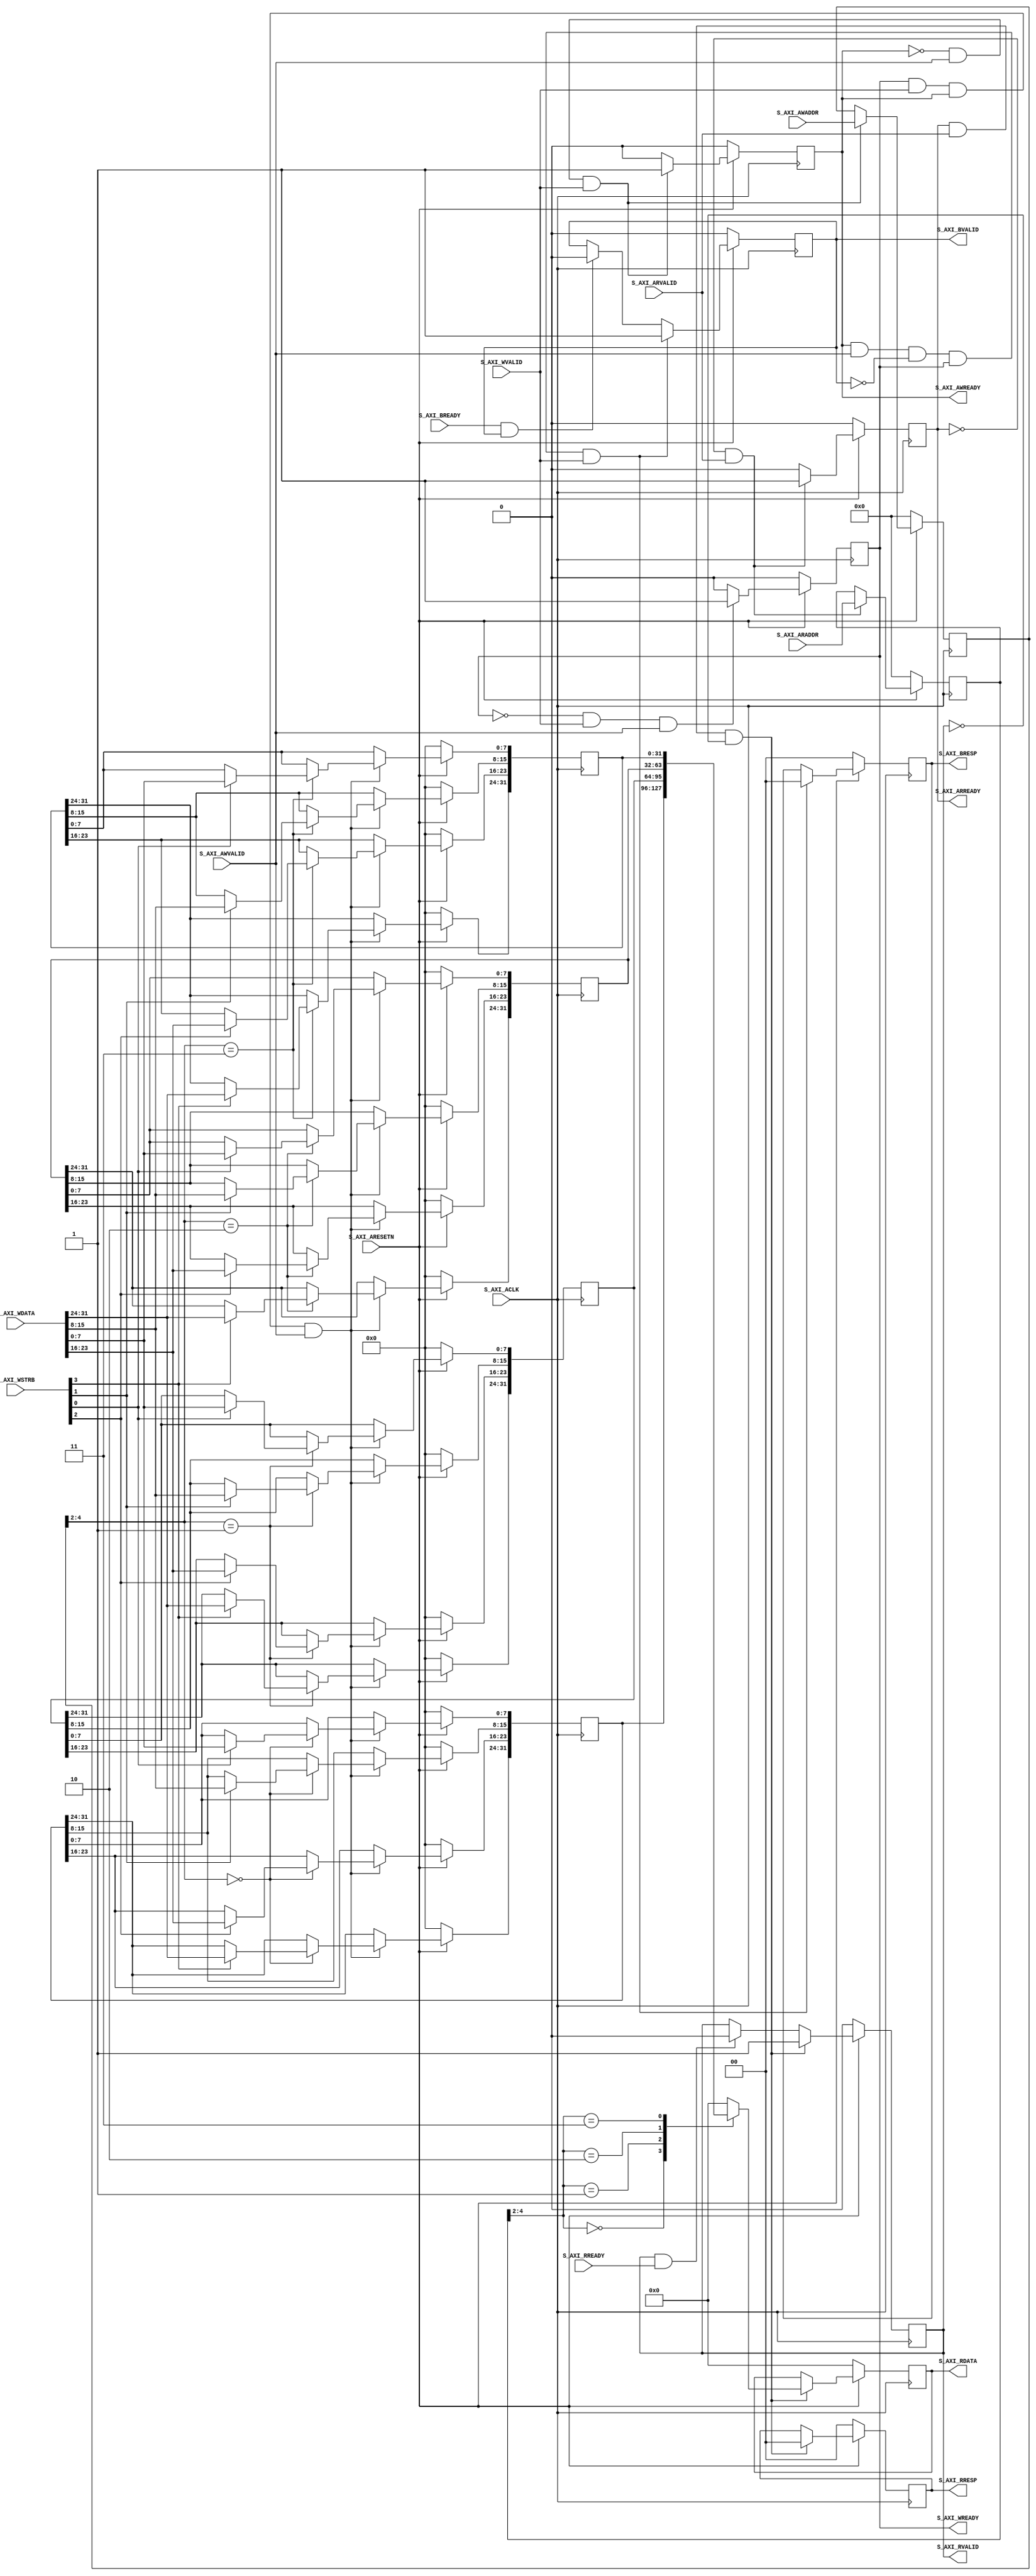
////////////////////////////////////////////////////////////////////////////
//-- (c) Copyright 2012 - 2013 Xilinx, Inc. All rights reserved.
//--
//-- This file contains confidential and proprietary information
//-- of Xilinx, Inc. and is protected under U.S. and
//-- international copyright and other intellectual property
//-- laws.
//--
//-- DISCLAIMER
//-- This disclaimer is not a license and does not grant any
//-- rights to the materials distributed herewith. Except as
//-- otherwise provided in a valid license issued to you by
//-- Xilinx, and to the maximum extent permitted by applicable
//-- law: (1) THESE MATERIALS ARE MADE AVAILABLE "AS IS" AND
//-- WITH ALL FAULTS, AND XILINX HEREBY DISCLAIMS ALL WARRANTIES
//-- AND CONDITIONS, EXPRESS, IMPLIED, OR STATUTORY, INCLUDING
//-- BUT NOT LIMITED TO WARRANTIES OF MERCHANTABILITY, NON-
//-- INFRINGEMENT, OR FITNESS FOR ANY PARTICULAR PURPOSE; and
//-- (2) Xilinx shall not be liable (whether in contract or tort,
//-- including negligence, or under any other theory of
//-- liability) for any loss or damage of any kind or nature
//-- related to, arising under or in connection with these
//-- materials, including for any direct, or any indirect,
//-- special, incidental, or consequential loss or damage
//-- (including loss of data, profits, goodwill, or any type of
//-- loss or damage suffered as a result of any action brought
//-- by a third party) even if such damage or loss was
//-- reasonably foreseeable or Xilinx had been advised of the
//-- possibility of the same.
//--
//-- CRITICAL APPLICATIONS
//-- Xilinx products are not designed or intended to be fail-
//-- safe, or for use in any application requiring fail-safe
//-- performance, such as life-support or safety devices or
//-- systems, Class III medical devices, nuclear facilities,
//-- applications related to the deployment of airbags, or any
//-- other applications that could lead to death, personal
//-- injury, or severe property or environmental damage
//-- (individually and collectively, "Critical
//-- Applications"). Customer assumes the sole risk and
//-- liability of any use of Xilinx products in Critical
//-- Applications, subject only to applicable laws and
//-- regulations governing limitations on product liability.
//--
//-- THIS COPYRIGHT NOTICE AND DISCLAIMER MUST BE RETAINED AS
//-- PART OF THIS FILE AT ALL TIMES.
////////////////////////////////////////////////////////////////////////////
//
// AXI4-Lite Slave interface example
//
// The purpose of this design is to provide a simple AXI4-Lite Slave interface.
//
// The AXI4-Lite interface is a subset of the AXI4 interface intended for
// communication with control registers in components.
// The key features of the AXI4-Lite interface are:
//         >> all transactions are burst length of 1
//         >> all data accesses are the same size as the width of the data bus
//         >> support for data bus width of 32-bit or 64-bit
//
// This design implements four 32-bit memory mapped registers. These registers
// can be read and written by a AXI4-Lite master.
//
////////////////////////////////////////////////////////////////////////////

`timescale 1ns/1ps

////////////////////////////////////////////////////////////////////////////
// Width of S_AXI data bus. The slave accepts write data and issues read data
// of width C_S_AXI_DATA_WIDTH
`define C_S_AXI_DATA_WIDTH 32
`define C_S_AXI_ADDR_WIDTH 5
module axi_lite_slave (
  ////////////////////////////////////////////////////////////////////////////
  // System Signals

  ////////////////////////////////////////////////////////////////////////////
  // AXI clock signal
  input wire S_AXI_ACLK,
  ////////////////////////////////////////////////////////////////////////////
  // AXI active low reset signal
  input wire S_AXI_ARESETN,

  ////////////////////////////////////////////////////////////////////////////
  // Slave Interface Write Address channel Ports

  ////////////////////////////////////////////////////////////////////////////
  // Master Interface Write Address Channel ports
  // Write address (issued by master, acceped by Slave)
  input  wire [`C_S_AXI_ADDR_WIDTH - 1:0] S_AXI_AWADDR,
  ////////////////////////////////////////////////////////////////////////////
  // Write address valid. This signal indicates that the master signaling
  // valid write address and control information.
  input  wire                          S_AXI_AWVALID,
  ////////////////////////////////////////////////////////////////////////////
  // Write address ready. This signal indicates that the slave is ready
  // to accept an address and associated control signals.
  output wire                          S_AXI_AWREADY,

  ////////////////////////////////////////////////////////////////////////////
  // Slave Interface Write Data channel Ports
  // Write data (issued by master, acceped by Slave)
  input  wire [`C_S_AXI_DATA_WIDTH-1:0] S_AXI_WDATA,
  ////////////////////////////////////////////////////////////////////////////
  // Write strobes. This signal indicates which byte lanes hold
  // valid data. There is one write strobe bit for each eight
  // bits of the write data bus.
  input  wire [`C_S_AXI_DATA_WIDTH/8-1:0] S_AXI_WSTRB,
  ////////////////////////////////////////////////////////////////////////////
  //Write valid. This signal indicates that valid write
  // data and strobes are available.
  input  wire                          S_AXI_WVALID,
  ////////////////////////////////////////////////////////////////////////////
  // Write ready. This signal indicates that the slave
  // can accept the write data.
  output wire                          S_AXI_WREADY,

  ////////////////////////////////////////////////////////////////////////////
  // Slave Interface Write Response channel Ports

  ////////////////////////////////////////////////////////////////////////////
  // Write response. This signal indicates the status
  // of the write transaction.
  output wire [1:0]                    S_AXI_BRESP,
  ////////////////////////////////////////////////////////////////////////////
  // Write response valid. This signal indicates that the channel
  // is signaling a valid write response.
  output wire                          S_AXI_BVALID,
  ////////////////////////////////////////////////////////////////////////////
  // Response ready. This signal indicates that the master
  // can accept a write response.
  input  wire                          S_AXI_BREADY,

  ////////////////////////////////////////////////////////////////////////////
  // Slave Interface Read Address channel Ports
  // Read address (issued by master, acceped by Slave)
  input  wire [`C_S_AXI_ADDR_WIDTH - 1:0] S_AXI_ARADDR,
  ////////////////////////////////////////////////////////////////////////////
  // Read address valid. This signal indicates that the channel
  // is signaling valid read address and control information.
  input  wire                          S_AXI_ARVALID,
  ////////////////////////////////////////////////////////////////////////////
  // Read address ready. This signal indicates that the slave is
  // ready to accept an address and associated control signals.
  output wire                          S_AXI_ARREADY,

  ////////////////////////////////////////////////////////////////////////////
  // Slave Interface Read Data channel Ports
  // Read data (issued by slave)
  output wire [`C_S_AXI_DATA_WIDTH-1:0] S_AXI_RDATA,
  ////////////////////////////////////////////////////////////////////////////
  // Read response. This signal indicates the status of the
  // read transfer.
  output wire [1:0]                    S_AXI_RRESP,
  ////////////////////////////////////////////////////////////////////////////
  // Read valid. This signal indicates that the channel is
  // signaling the required read data.
  output wire                          S_AXI_RVALID,
  ////////////////////////////////////////////////////////////////////////////
  // Read ready. This signal indicates that the master can
  // accept the read data and response information.
  input  wire                          S_AXI_RREADY
);

////////////////////////////////////////////////////////////////////////////
// local parameter for addressing 32 bit / 64 bit C_S_AXI_DATA_WIDTH
// ADDR_LSB is used for addressing 32/64 bit registers/memories
// ADDR_LSB = 2 for 32 bits (n downto 2)
// ADDR_LSB = 3 for 64 bits (n downto 3)

////////////////////////////////////////////////////////////////////////////
// function called clogb2 that returns an integer which has the
// value of the ceiling of the log base 2.
function integer clogb2 (input integer bd);
integer bit_depth;
begin
  bit_depth = bd;
  for(clogb2=0; bit_depth>0; clogb2=clogb2+1)
    bit_depth = bit_depth >> 1;
  end
endfunction

localparam integer ADDR_LSB = clogb2(`C_S_AXI_DATA_WIDTH/8)-1;
localparam integer ADDR_MSB = `C_S_AXI_ADDR_WIDTH;

////////////////////////////////////////////////////////////////////////////
// AXI4 Lite internal signals

////////////////////////////////////////////////////////////////////////////
// read response
reg [1 :0]                   axi_rresp;
////////////////////////////////////////////////////////////////////////////
// write response
reg [1 :0]                   axi_bresp;
////////////////////////////////////////////////////////////////////////////
// write address acceptance
reg                          axi_awready;
////////////////////////////////////////////////////////////////////////////
// write data acceptance
reg                          axi_wready;
////////////////////////////////////////////////////////////////////////////
// write response valid
reg                          axi_bvalid;
////////////////////////////////////////////////////////////////////////////
// read data valid
reg                          axi_rvalid;
////////////////////////////////////////////////////////////////////////////
// write address
reg [ADDR_MSB-1:0] axi_awaddr;
////////////////////////////////////////////////////////////////////////////
// read address valid
reg [ADDR_MSB-1:0] axi_araddr;
////////////////////////////////////////////////////////////////////////////
// read data
reg [`C_S_AXI_DATA_WIDTH-1:0] axi_rdata;
////////////////////////////////////////////////////////////////////////////
// read address acceptance
reg                          axi_arready;

////////////////////////////////////////////////////////////////////////////
// Example-specific design signals


////////////////////////////////////////////////////////////////////////////
// Signals for user logic chip select generation

////////////////////////////////////////////////////////////////////////////
// Signals for user logic register space example
// Four slave register

////////////////////////////////////////////////////////////////////////////
// Slave register 0
reg [`C_S_AXI_DATA_WIDTH-1:0]    slv_reg0;
////////////////////////////////////////////////////////////////////////////
// Slave register 1
reg [`C_S_AXI_DATA_WIDTH-1:0]    slv_reg1;
////////////////////////////////////////////////////////////////////////////
// Slave register 2
reg [`C_S_AXI_DATA_WIDTH-1:0]    slv_reg2;
////////////////////////////////////////////////////////////////////////////
// Slave register 3
reg [`C_S_AXI_DATA_WIDTH-1:0]    slv_reg3;
////////////////////////////////////////////////////////////////////////////
// Slave register read enable
wire                            slv_reg_rden;
////////////////////////////////////////////////////////////////////////////
// Slave register write enable
wire                            slv_reg_wren;
////////////////////////////////////////////////////////////////////////////
// register read data
reg [`C_S_AXI_DATA_WIDTH-1:0]    reg_data_out;

integer                         byte_index;

////////////////////////////////////////////////////////////////////////////
//I/O Connections assignments

////////////////////////////////////////////////////////////////////////////
//Write Address Ready (AWREADY)
assign S_AXI_AWREADY = axi_awready;

////////////////////////////////////////////////////////////////////////////
//Write Data Ready(WREADY)
assign S_AXI_WREADY  = axi_wready;

////////////////////////////////////////////////////////////////////////////
//Write Response (BResp)and response valid (BVALID)
assign S_AXI_BRESP  = axi_bresp;
assign S_AXI_BVALID = axi_bvalid;

////////////////////////////////////////////////////////////////////////////
//Read Address Ready(AREADY)
assign S_AXI_ARREADY = axi_arready;

////////////////////////////////////////////////////////////////////////////
//Read and Read Data (RDATA), Read Valid (RVALID) and Response (RRESP)
assign S_AXI_RDATA  = axi_rdata;
assign S_AXI_RVALID = axi_rvalid;
assign S_AXI_RRESP  = axi_rresp;


////////////////////////////////////////////////////////////////////////////
// Implement axi_awready generation
//
//  axi_awready is asserted for one S_AXI_ACLK clock cycle when both
//  S_AXI_AWVALID and S_AXI_WVALID are asserted. axi_awready is
//  de-asserted when reset is low.

  always @( posedge S_AXI_ACLK )
  begin
    if ( S_AXI_ARESETN == 1'b0 )
      begin
        axi_awready <= 1'b0;
      end
    else
      begin
        if (~axi_awready && S_AXI_AWVALID && S_AXI_WVALID)
          begin
            ////////////////////////////////////////////////////////////////////////////
            // slave is ready to accept write address when
            // there is a valid write address and write data
            // on the write address and data bus. This design
            // expects no outstanding transactions.
            axi_awready <= 1'b1;
          end
        else
          begin
            axi_awready <= 1'b0;
          end
      end
  end

////////////////////////////////////////////////////////////////////////////
// Implement axi_awaddr latching
//
//  This process is used to latch the address when both
//  S_AXI_AWVALID and S_AXI_WVALID are valid.

  always @( posedge S_AXI_ACLK )
  begin
    if ( S_AXI_ARESETN == 1'b0 )
      begin
        axi_awaddr <= 0;
      end
    else
      begin
        if (~axi_awready && S_AXI_AWVALID && S_AXI_WVALID)
          begin
            ////////////////////////////////////////////////////////////////////////////
            // address latching
            axi_awaddr <= S_AXI_AWADDR;
          end
      end
  end

////////////////////////////////////////////////////////////////////////////
// Implement axi_wready generation
//
//  axi_wready is asserted for one S_AXI_ACLK clock cycle when both
//  S_AXI_AWVALID and S_AXI_WVALID are asserted. axi_wready is
//  de-asserted when reset is low.

  always @( posedge S_AXI_ACLK )
  begin
    if ( S_AXI_ARESETN == 1'b0 )
      begin
        axi_wready <= 1'b0;
      end
    else
      begin
        if (~axi_wready && S_AXI_WVALID && S_AXI_AWVALID)
          begin
            ////////////////////////////////////////////////////////////////////////////
            // slave is ready to accept write data when
            // there is a valid write address and write data
            // on the write address and data bus. This design
            // expects no outstanding transactions.
            axi_wready <= 1'b1;
          end
        else
          begin
            axi_wready <= 1'b0;
          end
      end
  end

////////////////////////////////////////////////////////////////////////////
// Implement memory mapped register select and write logic generation
// 
// The write data is accepted and written to memory mapped
// registers (slv_reg0, slv_reg1, slv_reg2, slv_reg3) when axi_wready,
// S_AXI_WVALID, axi_wready and S_AXI_WVALID are asserted. Write strobes are used to
// select byte enables of slave registers while writing.
// These registers are cleared when reset (active low) is applied.
// 
// Slave register write enable is asserted when valid address and data are available
// and the slave is ready to accept the write address and write data.
  assign slv_reg_wren = axi_wready && S_AXI_WVALID && axi_awready && S_AXI_AWVALID;

  always @( posedge S_AXI_ACLK )
  begin
    if ( S_AXI_ARESETN == 1'b0 )
      begin
        slv_reg0 <= {`C_S_AXI_DATA_WIDTH{1'b0}};
        slv_reg1 <= {`C_S_AXI_DATA_WIDTH{1'b0}};
        slv_reg2 <= {`C_S_AXI_DATA_WIDTH{1'b0}};
        slv_reg3 <= {`C_S_AXI_DATA_WIDTH{1'b0}};
      end
    else begin
      if (slv_reg_wren)
        begin
          case ( axi_awaddr[ADDR_MSB-1:ADDR_LSB] )
            3'h0 :
              for ( byte_index = 0; byte_index <= (`C_S_AXI_DATA_WIDTH/8)-1; byte_index = byte_index+1 )
                if ( S_AXI_WSTRB[byte_index] == 1 ) begin
                  // Respective byte enables are asserted as per write strobes
                  slv_reg0[(byte_index*8) +: 8] <= S_AXI_WDATA[(byte_index*8) +: 8];
                end
            3'h1 :
              for ( byte_index = 0; byte_index <= (`C_S_AXI_DATA_WIDTH/8)-1; byte_index = byte_index+1 )
                if ( S_AXI_WSTRB[byte_index] == 1 ) begin
                   // Respective byte enables are asserted as per write strobes
                   slv_reg1[(byte_index*8) +: 8] <= S_AXI_WDATA[(byte_index*8) +: 8];
                end
            3'h2 :
              for ( byte_index = 0; byte_index <= (`C_S_AXI_DATA_WIDTH/8)-1; byte_index = byte_index+1 )
                if ( S_AXI_WSTRB[byte_index] == 1 ) begin
                  // Respective byte enables are asserted as per write strobes
                  slv_reg2[(byte_index*8) +: 8] <= S_AXI_WDATA[(byte_index*8) +: 8];
                end
            3'h3 :
              for ( byte_index = 0; byte_index <= (`C_S_AXI_DATA_WIDTH/8)-1; byte_index = byte_index+1 )
                if ( S_AXI_WSTRB[byte_index] == 1 ) begin
                  // Respective byte enables are asserted as per write strobes
                  slv_reg3[(byte_index*8) +: 8] <= S_AXI_WDATA[(byte_index*8) +: 8];
                end
            default : begin
                        slv_reg0 <= slv_reg0;
                        slv_reg1 <= slv_reg1;
                        slv_reg2 <= slv_reg2;
                        slv_reg3 <= slv_reg3;
                      end
          endcase
        end
    end
  end

////////////////////////////////////////////////////////////////////////////
// Implement write response logic generation
//
//  The write response and response valid signals are asserted by the slave
//  when axi_wready, S_AXI_WVALID, axi_wready and S_AXI_WVALID are asserted.
//  This marks the acceptance of address and indicates the status of
//  write transaction.

  always @( posedge S_AXI_ACLK )
  begin
    if ( S_AXI_ARESETN == 1'b0 )
      begin
        axi_bvalid  <= 0;
        axi_bresp   <= 2'b0;
      end
    else
      begin
        if (axi_awready && S_AXI_AWVALID && ~axi_bvalid && axi_wready && S_AXI_WVALID)
          begin
            // indicates a valid write response is available
            axi_bvalid <= 1'b1;
            axi_bresp  <= 2'b0; // 'OKAY' response
          end                   // work error responses in future
        else
          begin
            if (S_AXI_BREADY && axi_bvalid)
              //check if bready is asserted while bvalid is high)
              //(there is a possibility that bready is always asserted high)
              begin
                axi_bvalid <= 1'b0;
              end
          end
      end
  end


////////////////////////////////////////////////////////////////////////////
// Implement axi_arready generation
//
//  axi_arready is asserted for one S_AXI_ACLK clock cycle when
//  S_AXI_ARVALID is asserted. axi_awready is
//  de-asserted when reset (active low) is asserted.
//  The read address is also latched when S_AXI_ARVALID is
//  asserted. axi_araddr is reset to zero on reset assertion.

  always @( posedge S_AXI_ACLK )
  begin
    if ( S_AXI_ARESETN == 1'b0 )
      begin
        axi_arready <= 1'b0;
        axi_araddr  <= {ADDR_MSB{1'b0}};
      end
    else
      begin
        if (~axi_arready && S_AXI_ARVALID)
          begin
            // indicates that the slave has acceped the valid read address
            axi_arready <= 1'b1;
            axi_araddr  <= S_AXI_ARADDR;
          end
        else
          begin
            axi_arready <= 1'b0;
          end
      end
  end

////////////////////////////////////////////////////////////////////////////
// Implement memory mapped register select and read logic generation
//
//  axi_rvalid is asserted for one S_AXI_ACLK clock cycle when both
//  S_AXI_ARVALID and axi_arready are asserted. The slave registers
//  data are available on the axi_rdata bus at this instance. The
//  assertion of axi_rvalid marks the validity of read data on the
//  bus and axi_rresp indicates the status of read transaction.axi_rvalid
//  is deasserted on reset (active low). axi_rresp and axi_rdata are
//  cleared to zero on reset (active low).

  always @( posedge S_AXI_ACLK )
  begin
    if ( S_AXI_ARESETN == 1'b0 )
      begin
        axi_rvalid <= 0;
        axi_rresp  <= 0;
      end
    else
      begin
        if (axi_arready && S_AXI_ARVALID && ~axi_rvalid)
          begin
            // Valid read data is available at the read data bus
            axi_rvalid <= 1'b1;
            axi_rresp  <= 2'b0; // 'OKAY' response
          end
        else if (axi_rvalid && S_AXI_RREADY)
          begin
            // Read data is accepted by the master
            axi_rvalid <= 1'b0;
          end
      end
  end


////////////////////////////////////////////////////////////////////////////
// Slave register read enable is asserted when valid address is available
// and the slave is ready to accept the read address.
  assign slv_reg_rden = axi_arready & S_AXI_ARVALID & ~axi_rvalid;

  always @( slv_reg0, slv_reg1, slv_reg2, slv_reg3, S_AXI_ARESETN, slv_reg_rden, axi_araddr)
  begin
    if ( S_AXI_ARESETN == 1'b0 )
      begin
        reg_data_out <= {`C_S_AXI_DATA_WIDTH{1'b0}};
      end
    else
      begin
        // Read address mux
        case ( axi_araddr[ADDR_MSB-1:ADDR_LSB] )
          3'h0   : reg_data_out <= slv_reg0;
          3'h1   : reg_data_out <= slv_reg1;
          3'h2   : reg_data_out <= slv_reg2;
          3'h3   : reg_data_out <= slv_reg3;
          default : reg_data_out <= {`C_S_AXI_DATA_WIDTH{1'b0}};
        endcase
        //end
      end
  end

  always @( posedge S_AXI_ACLK )
  begin
    if ( S_AXI_ARESETN == 1'b0 )
      begin
        axi_rdata  <= 0;
      end
    else
      begin
        ////////////////////////////////////////////////////////////////////////////
        // When there is a valid read address (S_AXI_ARVALID) with
        // acceptance of read address by the slave (axi_arready),
        // output the read dada
        if (axi_arready && S_AXI_ARVALID && ~axi_rvalid)
          begin
            axi_rdata <= reg_data_out;     // register read data
          end
      end
  end


endmodule